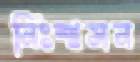
নিঃশ্বসন